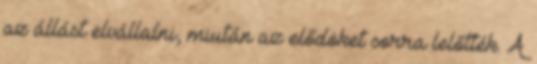
az állást elvállalni, miután az elődöket sorra lelőtték. A